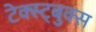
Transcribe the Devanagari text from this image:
टेक्स्ट्बुक्स